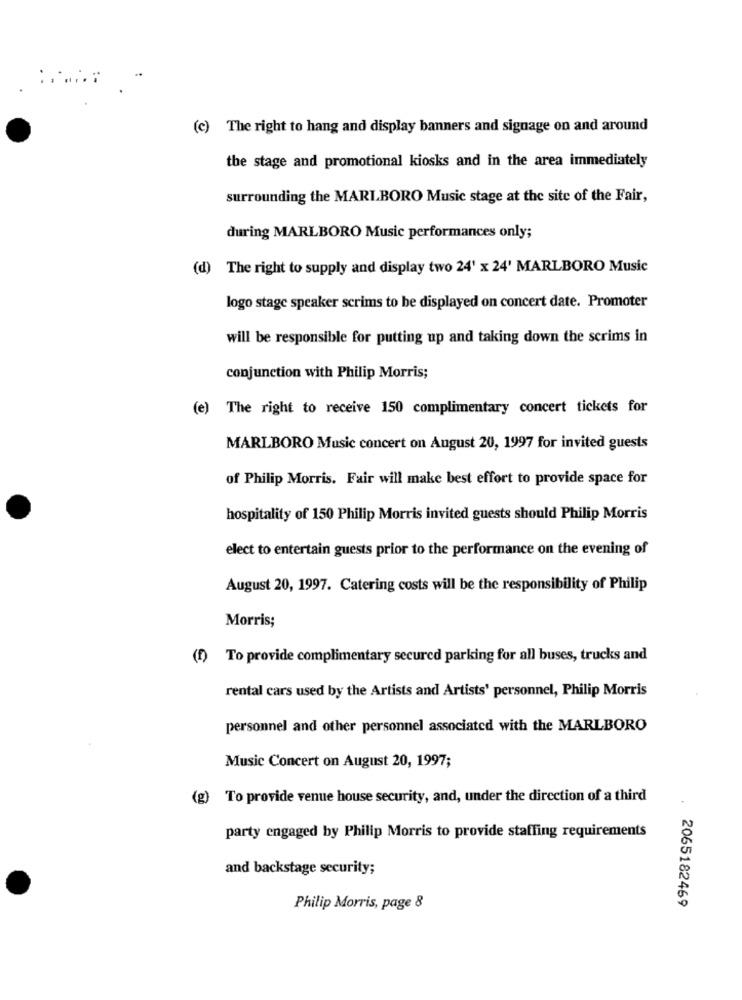
(c) The right to hang and display banners and signage on and around
the stage and promotional kiosks and in the area immediately
surrounding the MARLBORO Music stage at the site of the Fair,
during MARLBORO Music performances only;
(d) The right to supply and display two 24' x 24' MARLBORO Music
logo stage speaker scrims to be displayed on concert date. Promoter
will be responsible for putting up and taking down the scrims in
conjunction with Philip Morris;
(e) The right to receive 150 complimentary concert tickets for
MARLBORO Music concert on August 20, 1997 for invited guests
of Philip Morris. Fair will make best effort to provide space for
hospitality of 150 Philip Morris invited guests should Philip Morris
elect to entertain guests prior to the performance on the evening of
August 20, 1997. Catering costs will be the responsibility of Philip
Morris;
(f) To provide complimentary secured parking for all buses, trucks and
rental cars used by the Artists and Artists' personnel, Philip Morris
personnel and other personnel associated with the MARLBORO
Music Concert on August 20, 1997;
(g) To provide venue house security, and, under the direction of a third
party engaged by Philip Morris to provide staffing requirements
and backstage security;
Philip Morris, page 8
2065182469